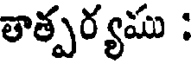
తాత్పర్యము :